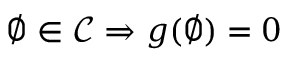
\emptyset \in { \mathcal { C } } \Rightarrow g ( \emptyset ) = 0